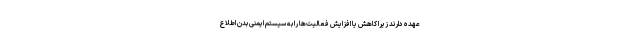
عهده دارند زیرا کاهش یا افزایش فعالیت‌ها را به سیستم ایمنی بدن اطلاع